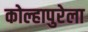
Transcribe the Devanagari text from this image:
कोल्हापुरेला